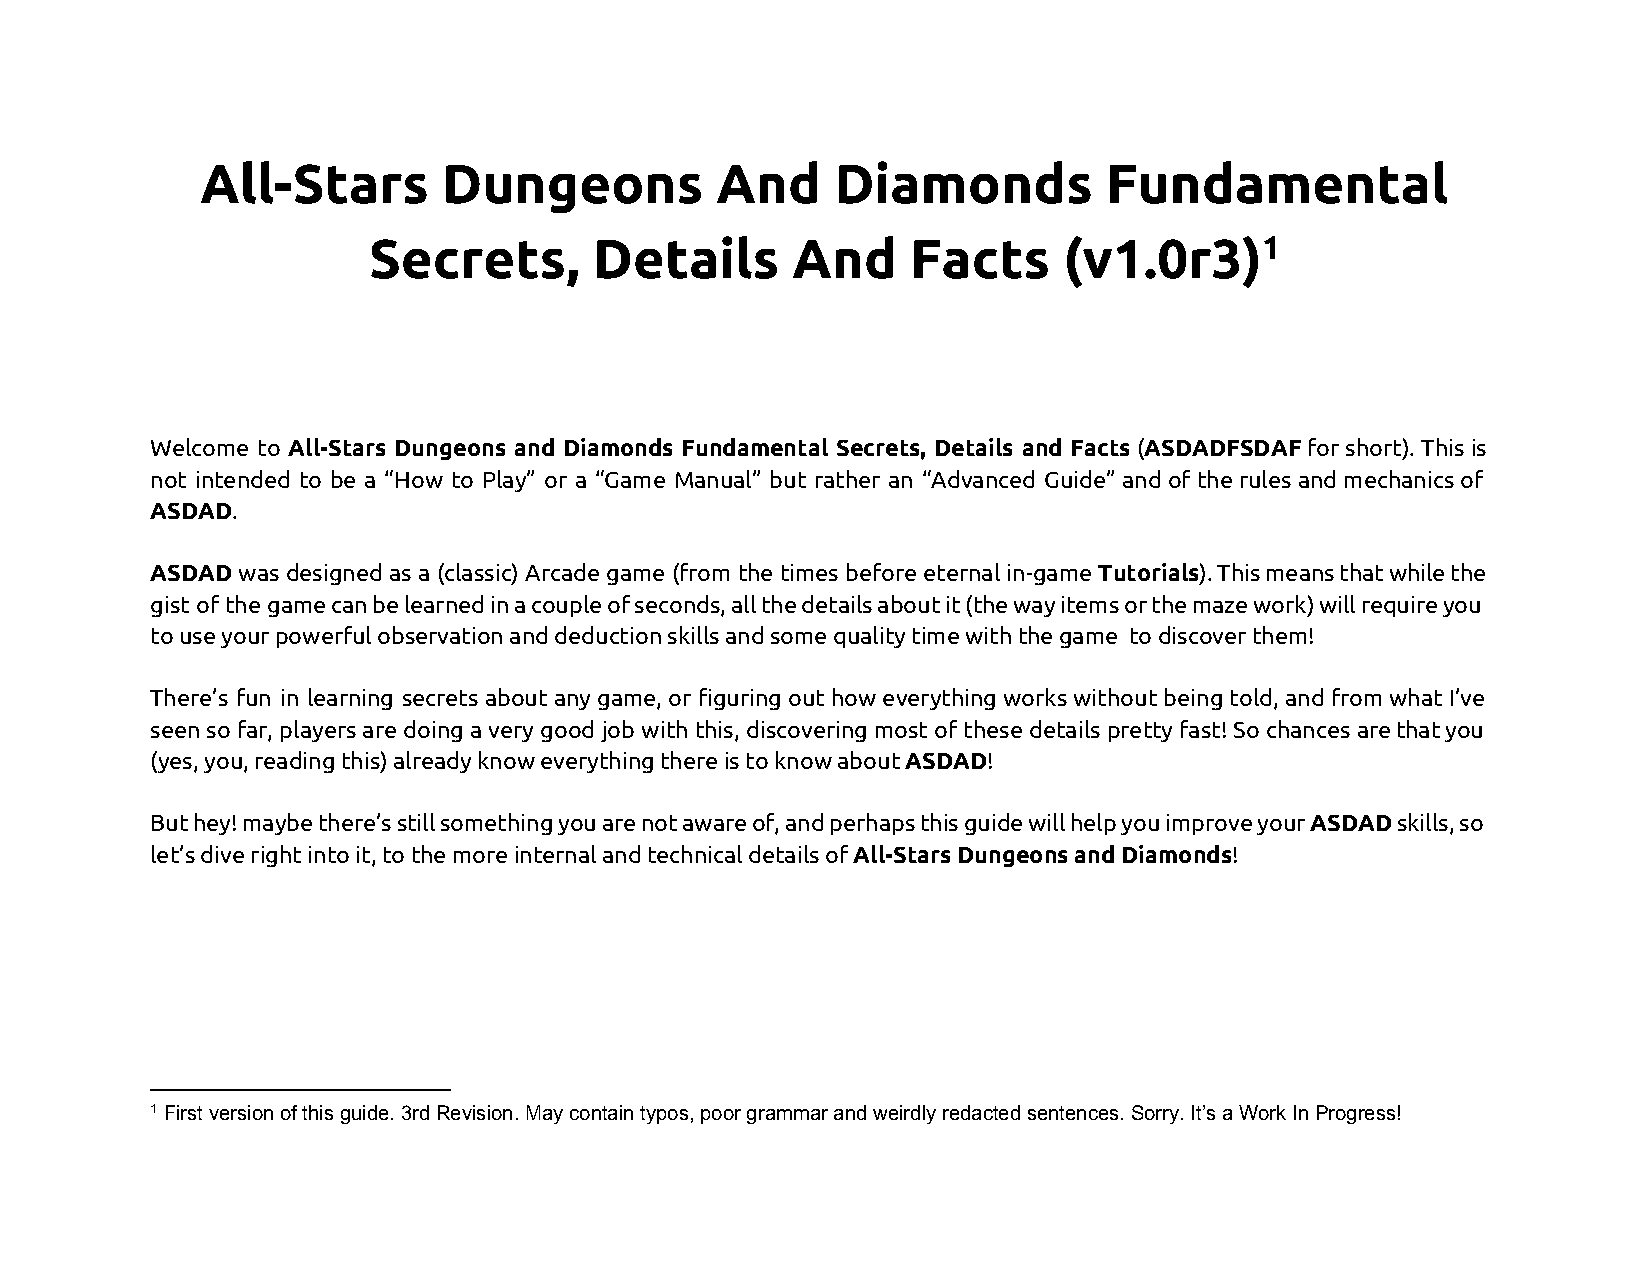
All-Stars       Dungeons          And     Diamonds          Fundamental
 Secrets,       Details      And     Facts     (v1.0r3)1
 Welcome to All-Stars Dungeons and Diamonds Fundamental Secrets, Details and Facts (ASDADFSDAF for short). This is
 ​                                                       ​​
 not intended to be a “How to Play” or a “Game Manual” but rather an “Advanced Guide” and of the rules and mechanics of
 ASDAD.
 ​
 ASDAD was designed as a (classic) Arcade game (from the times before eternal in-game Tutorials). This means that while the
 ​     ​
 gist of the game can be learned in a couple of seconds, all the details about it (the way items or the maze work) will require you
 to use your powerful observation and deduction skills and some quality time with the game to discover them!
 There’s fun in learning secrets about any game, or figuring out how everything works without being told, and from what I’ve
 seen so far, players are doing a very good job with this, discovering most of these details pretty fast! So chances are that you
 (yes, you, reading this) already know everything there is to know about ASDAD!
 ​    ​
 But hey! maybe there’s still something you are not aware of, and perhaps this guide will help you improve your ASDAD skills, so
 ​
 let’s dive right into it, to the more internal and technical details of All-Stars Dungeons and Diamonds!
 ​                         ​
 1 First version of this guide. 3rd Revision. May contain typos, poor grammar and weirdly redacted sentences. Sorry. It’s a Work In Progress!